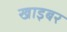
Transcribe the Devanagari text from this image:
खाइबर